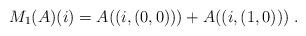
LaTeX: \begin{align*}M_1(A)(i)=A((i,(0,0)))+A((i,(1,0)))\;.\end{align*}